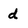
Character: d